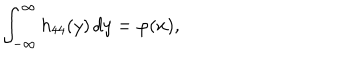
LaTeX: \int _ { - \infty } ^ { \infty } h _ { 4 4 } ( y ) \, d y = \varphi ( x ) ,